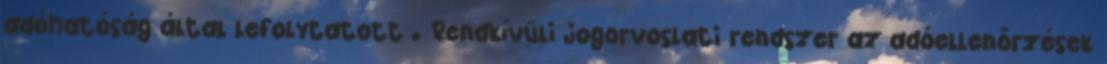
adóhatóság által lefolytatott . Rendkívüli jogorvoslati rendszer az adóellenőrzések